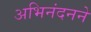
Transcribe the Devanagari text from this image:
अभिनंदनने